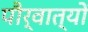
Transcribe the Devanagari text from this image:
पौर्वात्यों